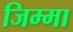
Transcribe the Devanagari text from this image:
जिम्‍मा